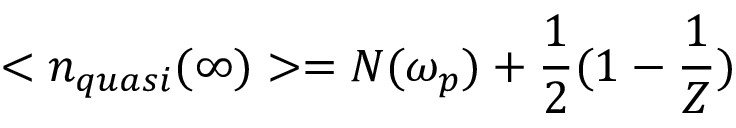
< n _ { q u a s i } ( \infty ) > = N ( \omega _ { p } ) + \frac { 1 } { 2 } ( 1 - \frac { 1 } { Z } )